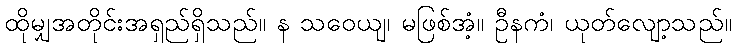
ထိုမျှအတိုင်းအရှည်ရှိသည်။ န သဝေယျ၊ မဖြစ်အံ့။ ဦနကံ၊ ယုတ်လျော့သည်။